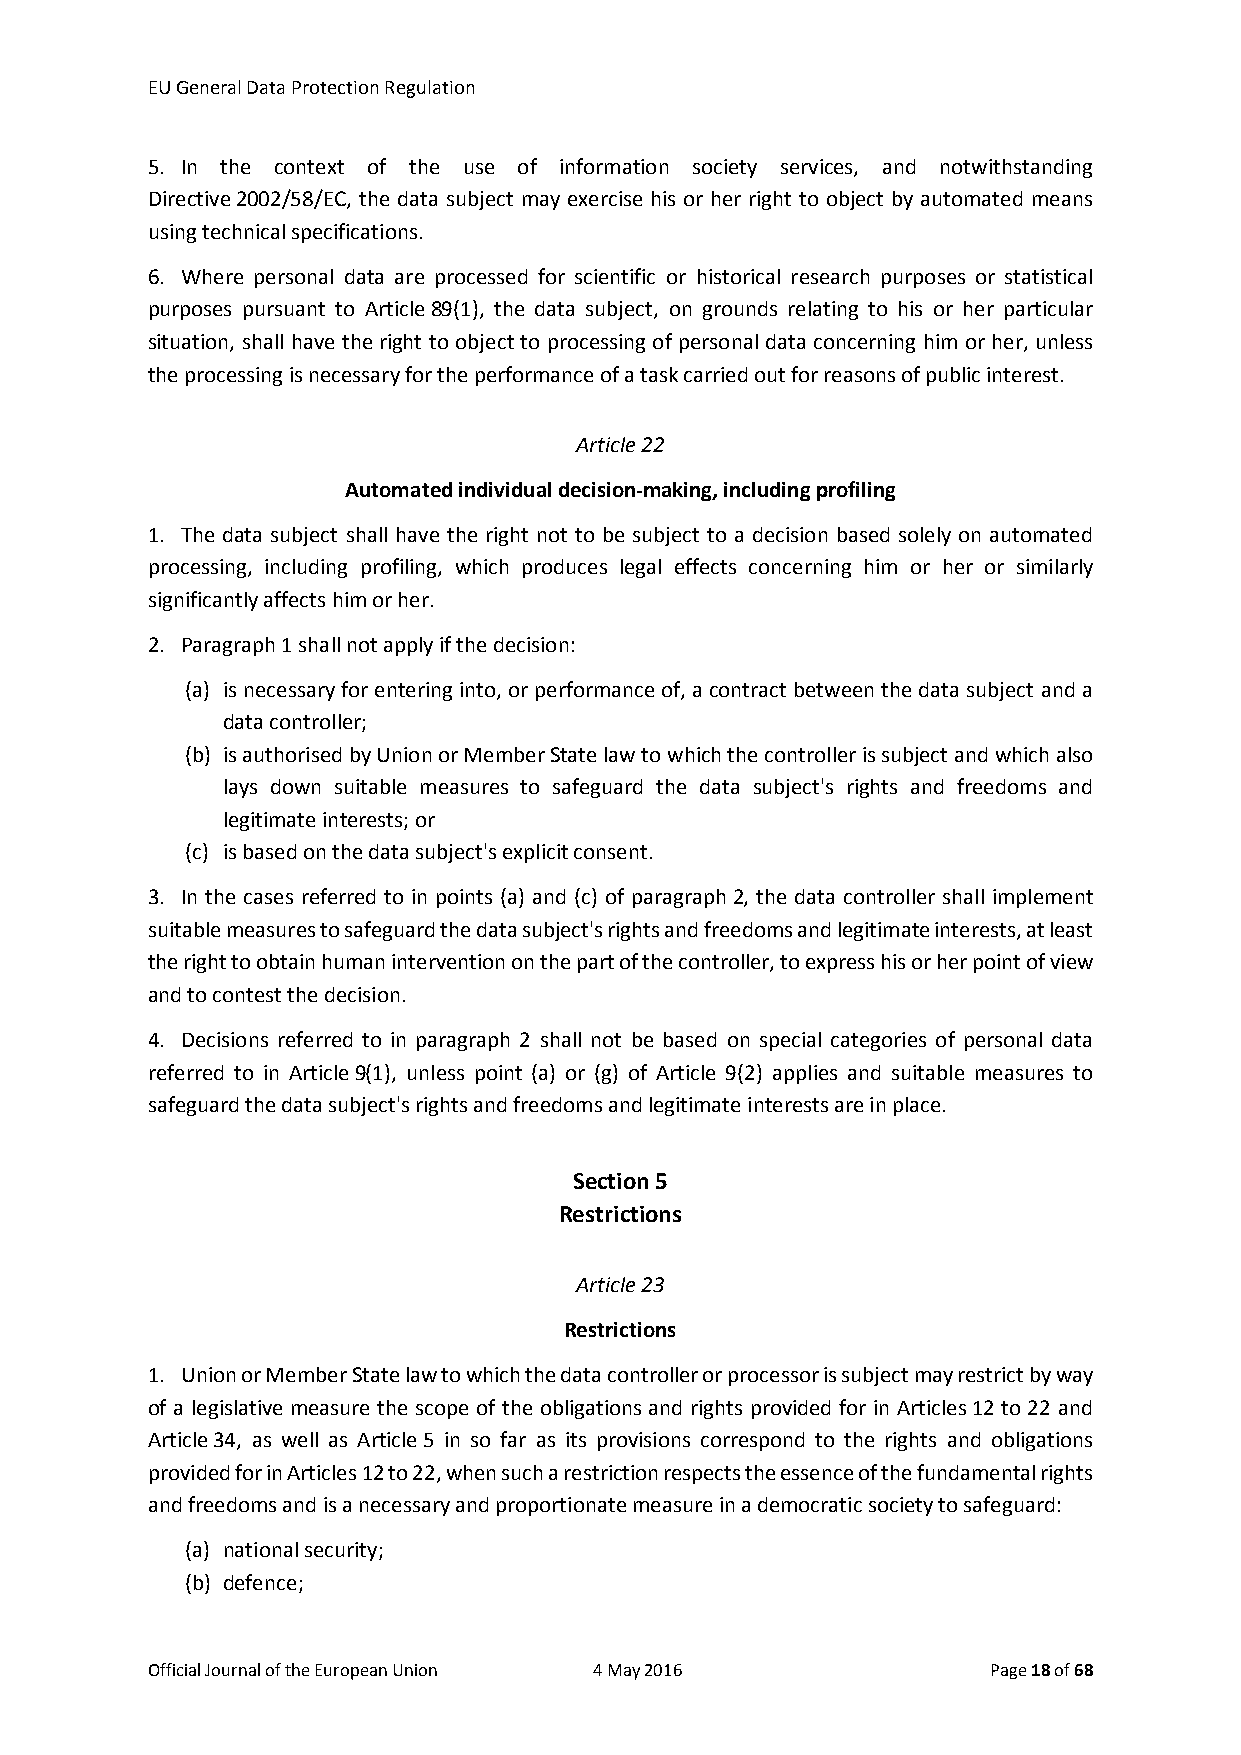
EU General Data Protection Regulation
 5. In the context of the use of information society services, and notwithstanding
 Directive 2002/58/EC, the data subject may exercise his or her right to object by automated means
 using technical specifications.
 6. Where personal data are processed for scientific or historical research purposes or statistical
 purposes pursuant to Article 89(1), the data subject, on grounds relating to his or her particular
 situation, shall have the right to object to processing of personal data concerning him or her, unless
 the processing is necessary for the performance of a task carried out for reasons of public interest.
 Article 22
 Automated individual decision-making, including profiling
 1. The data subject shall have the right not to be subject to a decision based solely on automated
 processing, including profiling, which produces legal effects concerning him or her or similarly
 significantly affects him or her.
 2. Paragraph 1 shall not apply if the decision:
 (a) is necessary for entering into, or performance of, a contract between the data subject and a
 data controller;
 (b) is authorised by Union or Member State law to which the controller is subject and which also
 lays down suitable measures to safeguard the data subject's rights and freedoms and
 legitimate interests; or
 (c) is based on the data subject's explicit consent.
 3. In the cases referred to in points (a) and (c) of paragraph 2, the data controller shall implement
 suitable measures to safeguard the data subject's rights and freedoms and legitimate interests, at least
 the right to obtain human intervention on the part of the controller, to express his or her point of view
 and to contest the decision.
 4. Decisions referred to in paragraph 2 shall not be based on special categories of personal data
 referred to in Article 9(1), unless point (a) or (g) of Article 9(2) applies and suitable measures to
 safeguard the data subject's rights and freedoms and legitimate interests are in place.
 Section 5
 Restrictions
 Article 23
 Restrictions
 1. Union or Member State law to which the data controller or processor is subject may restrict by way
 of a legislative measure the scope of the obligations and rights provided for in Articles 12 to 22 and
 Article 34, as well as Article 5 in so far as its provisions correspond to the rights and obligations
 provided for in Articles 12 to 22, when such a restriction respects the essence of the fundamental rights
 and freedoms and is a necessary and proportionate measure in a democratic society to safeguard:
 (a) national security;
 (b) defence;
 Official Journal of the European Union 4 May 2016       Page 18 of 68